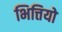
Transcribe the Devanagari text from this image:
भित्तियो